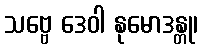
သဗ္ဗေ ဒေဝါ နုမောဒန္တု၊